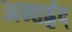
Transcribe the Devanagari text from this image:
अन्तर्हृद्‍